Scottish Certificate of Education, 1962
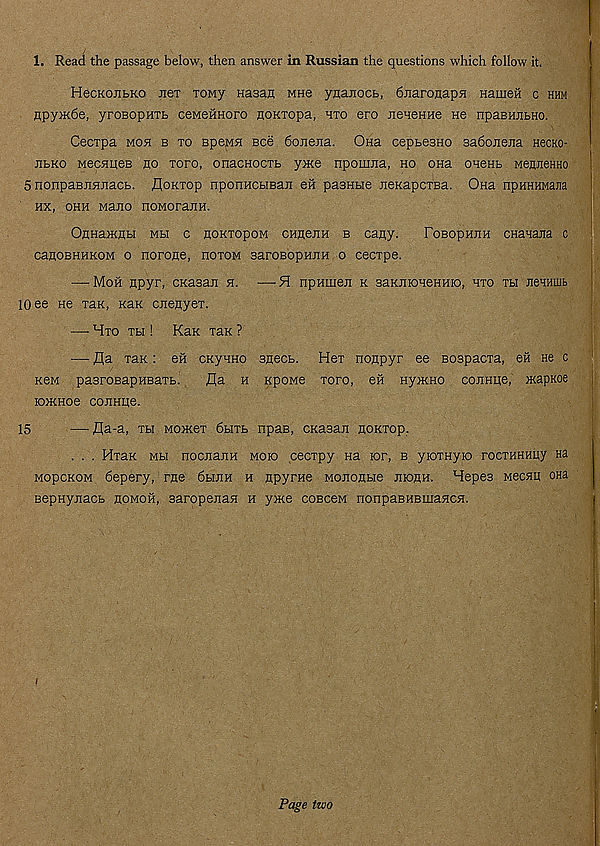
1. Read the passage below, then answer in Russian the questions which follow it.
HecKoiibKo neT Towy Hasan mhg ynanocb, dnaronapn nameH c hhm
npy>K6e, yroeopHTb ceMeilHoro noKTopa, hto ero nenenHe He npaBHJibHO.
Cecrpa moh b to BpeMH Bee 6onej[a. Ona cepbesno sabonejia HecKO-
jibKo MecHueB no roro, onacnocTb ynte npomna, ho ona onenb MennenHo
5 nonpaBHHHacb. floKiop nponHCbiBaji eit pasnbie JieKapcTBa. Ona npHHHMana
hx, ohh Majio noMoraiiH.
OnHamnbi mh c hoktopom CHnejiH b cany.
Fobophjih cHanaira c
canoBHHKOM o norone, hotom saroBopHJiH o cecrpe.
— Moh npyr, CKasaii h. —51 npHinen k saKtiioHeHHio, hto tbi jieHHUib
10 ee He rax, nax cnenyeT.
— Hto tm ! Kax Tax ?
— fla Tax: en cxynno snecb. Hot nonpyr ee BospacTa, eft ne c
xeM pasrosapHEaTb.
fla h xpowe toto, eft Hy>XHO connne, ntapKoe
io>XHoe cojinpe.
15
— fla-a, Tbi Mo>xeT 6biTb npas, cxasax noxTop.
. . . HTax Mbi nocjiaxtH moio cecTpy na tor, b yioTHyio rocTHHHny na
MopcxoM 6epery, me 6bum h npyrne Mononue jnonn. Hepes Mecnn ona
BepHyjiacb noMoft, saropexaH h yxce coBceM nonpaBHBmaHCfl.
Page two